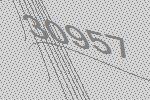
30957